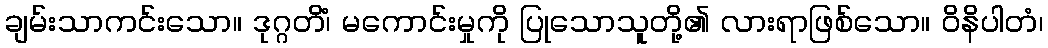
ချမ်းသာကင်းသော။ ဒုဂ္ဂတိံ၊ မကောင်းမှုကို ပြုသောသူတို့၏ လားရာဖြစ်သော။ ဝိနိပါတံ၊